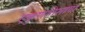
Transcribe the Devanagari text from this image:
एकुणतिसावा